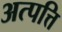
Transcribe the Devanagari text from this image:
अत्पत्ति